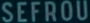
SEFROU